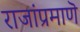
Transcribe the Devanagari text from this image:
राजांप्रमाणॆ